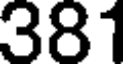
381